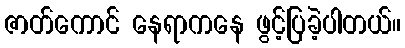
ဇာတ်ကောင် နေရာကနေ ဖွင့်ပြခဲ့ပါတယ်။